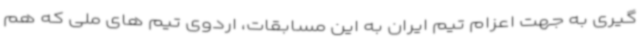
گیری به جهت اعزام تیم ایران به این مسابقات، اردوی تیم های ملی که هم